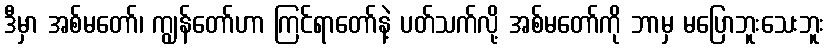
ဒီမှာ အစ်မတော်၊ ကျွန်တော်ဟာ ကြင်ရာတော်နဲ့ ပတ်သက်လို့ အစ်မတော်ကို ဘာမှ မပြောဘူးသေးဘူး